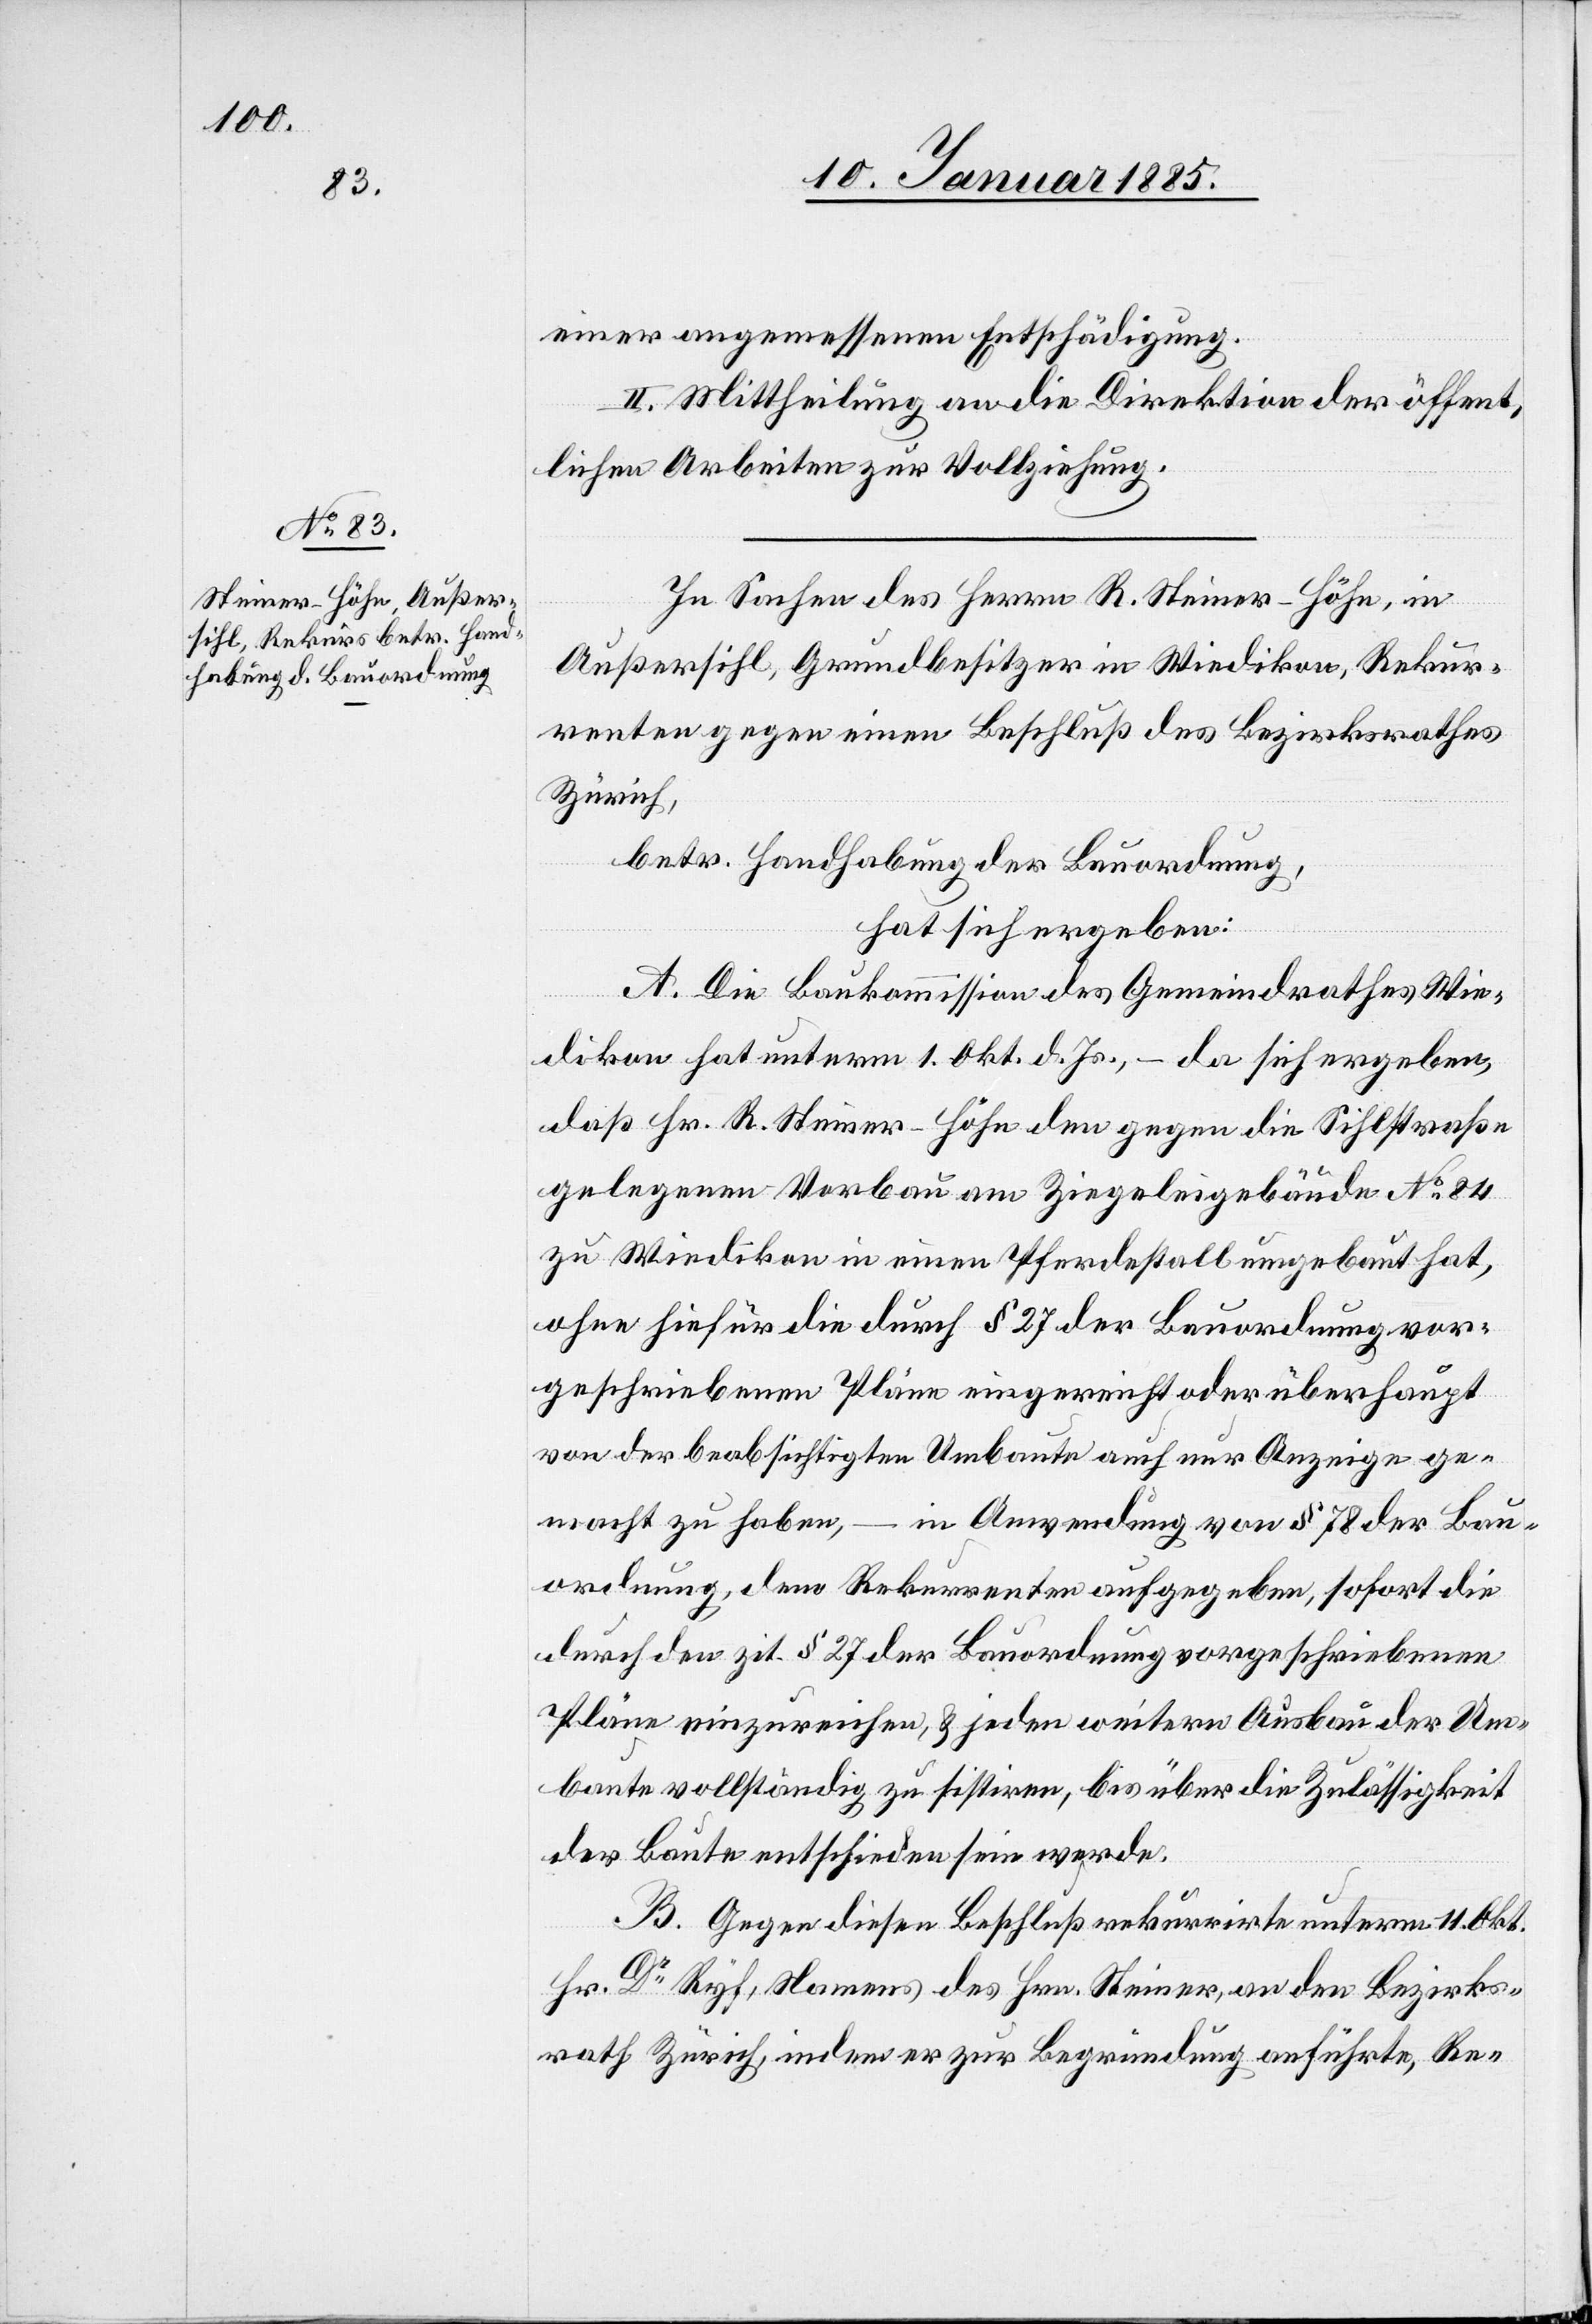
II. Mittheilung an die Direktion der öffent¬
lichen Arbeiten zur Vollziehung.
messenen
In Sachen des Herrn R. Steiner-Höhe, in
Außersihl, Grundbesitzer in Wiedikon, Rekur¬
renten gegen einen Beschluß des Bezirksrathes
Zürich,
betr. Handhabung der Bauordnung,
hat sich ergeben:
A. Die Baukommission des Gemeindrathes Wie¬
dikon hat unterm 1. Okt. d. Js., – da sich ergeben,
daß Hr. R. Steiner-Höhe den gegen die Sihlstraße
gelegenen Vorbau am Ziegeleigebäude No 84
zu Wiedikon in einen Pferdestall umgebaut hat,
ohne hiefür die durch § 27 der Bauordnung vor¬
geschriebene Pläne eingereicht oder überhaupt
von der beabsichtigten Umbaute auch nur Anzeige ge¬
macht zu haben, – in Anwendung von § 78 der Bau¬
ordnung, dem Rekurrenten ausgegeben, sofort die
durch den zit. § 27 der Bauordnung vorgeschriebenen
Pläne einzureichen, & jeden weitern Ausbau der Um¬
baute vollständig zu sistiren, bis über die Zulässigkeit
der Baute entschieden sein werde.
B. Gegen diesen Beschluß rekurrirte unterm 11. Okt.
Hr. Dr Ryf, Namens des Hrn. Steiner, an den Bezirks¬
rath Zürich, indem er zur Begründung anführte, Re-